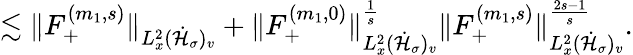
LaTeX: \begin{array}{r}{\lesssim\| F_{+}^{(m_{1},s)}\| _{L_{x}^{2}(\dot{\mathcal H}_{\sigma})_{v}}+\| F_{+}^{(m_{1},0)}\| _{L_{x}^{2}(\dot{\mathcal H}_{\sigma})_{v}}^{\frac{1}{s}}\| F_{+}^{(m_{1},s)}\| _{L_{x}^{2}(\dot{\mathcal H}_{\sigma})_{v}}^{\frac{2s-1}{s}}.}\end{array}